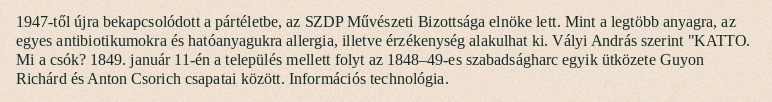
1947-től újra bekapcsolódott a pártéletbe, az SZDP Művészeti Bizottsága elnöke lett. Mint a legtöbb anyagra, az egyes antibiotikumokra és hatóanyagukra allergia, illetve érzékenység alakulhat ki. Vályi András szerint "KATTO. Mi a csók? 1849. január 11-én a település mellett folyt az 1848–49-es szabadságharc egyik ütközete Guyon Richárd és Anton Csorich csapatai között. Információs technológia.